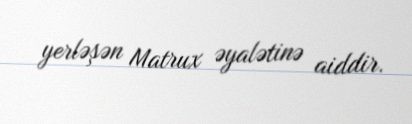
yerləşən Matrux əyalətinə aiddir.